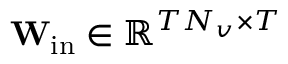
\mathbf { W } _ { \mathrm { i n } } \in \mathbb { R } ^ { T N _ { v } \times T }